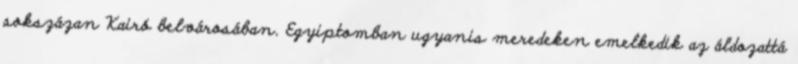
sokszázan Kairó belvárosában. Egyiptomban ugyanis meredeken emelkedik az áldozattá